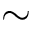
\sim